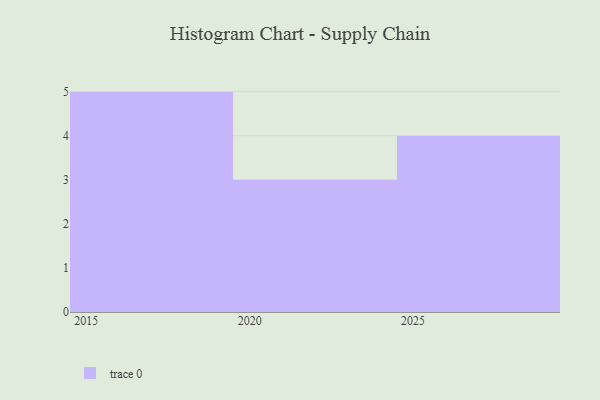
{"axis": {"x": "Year", "y": "Bounce Rate (%)"}, "legend": [""], "data": [{"x": "2018", "y": 63, "type": ""}, {"x": "2016", "y": 73, "type": ""}, {"x": "2026", "y": 77, "type": ""}, {"x": "2021", "y": 1, "type": ""}, {"x": "2027", "y": 12, "type": ""}, {"x": "2019", "y": 80, "type": ""}, {"x": "2015", "y": 84, "type": ""}, {"x": "2025", "y": 37, "type": ""}, {"x": "2022", "y": 88, "type": ""}, {"x": "2017", "y": 57, "type": ""}, {"x": "2023", "y": 48, "type": ""}, {"x": "2029", "y": 19, "type": ""}]}